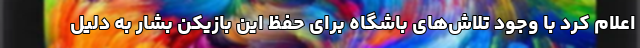
اعلام کرد با وجود تلاش‌های باشگاه برای حفظ این بازیکن بشار به دلیل